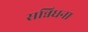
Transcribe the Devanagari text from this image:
सन्निधना